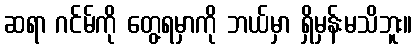
ဆရာ ဂင်မ်ကို တွေ့ရမှာကို ဘယ်မှာ ရှိမှန်းမသိဘူး။